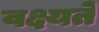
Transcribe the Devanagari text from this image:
वक्ष्यते